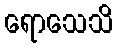
ရောသေသိ